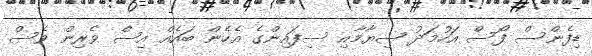
ޑިފެންސް ފޯސް އަހުމަދު ޝިޔާމާއި ސިފައިންގެ އެހެން ބައެއް އިސް ވެރިން ވެސް